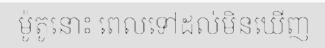
ម៉ូតូនោះ ពេលទៅដល់មិនឃើញ